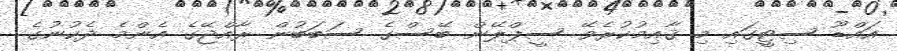
އައްޑޫ ސިޓީގައި މި ޤާއިމުކުރެވޭ ސީޕްލޭން ބޭސްގެ ސަބަބުން ރާއްޖޭގެ އެންމެ ދެކުނުގެ